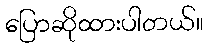
ပြောဆိုထားပါတယ်။